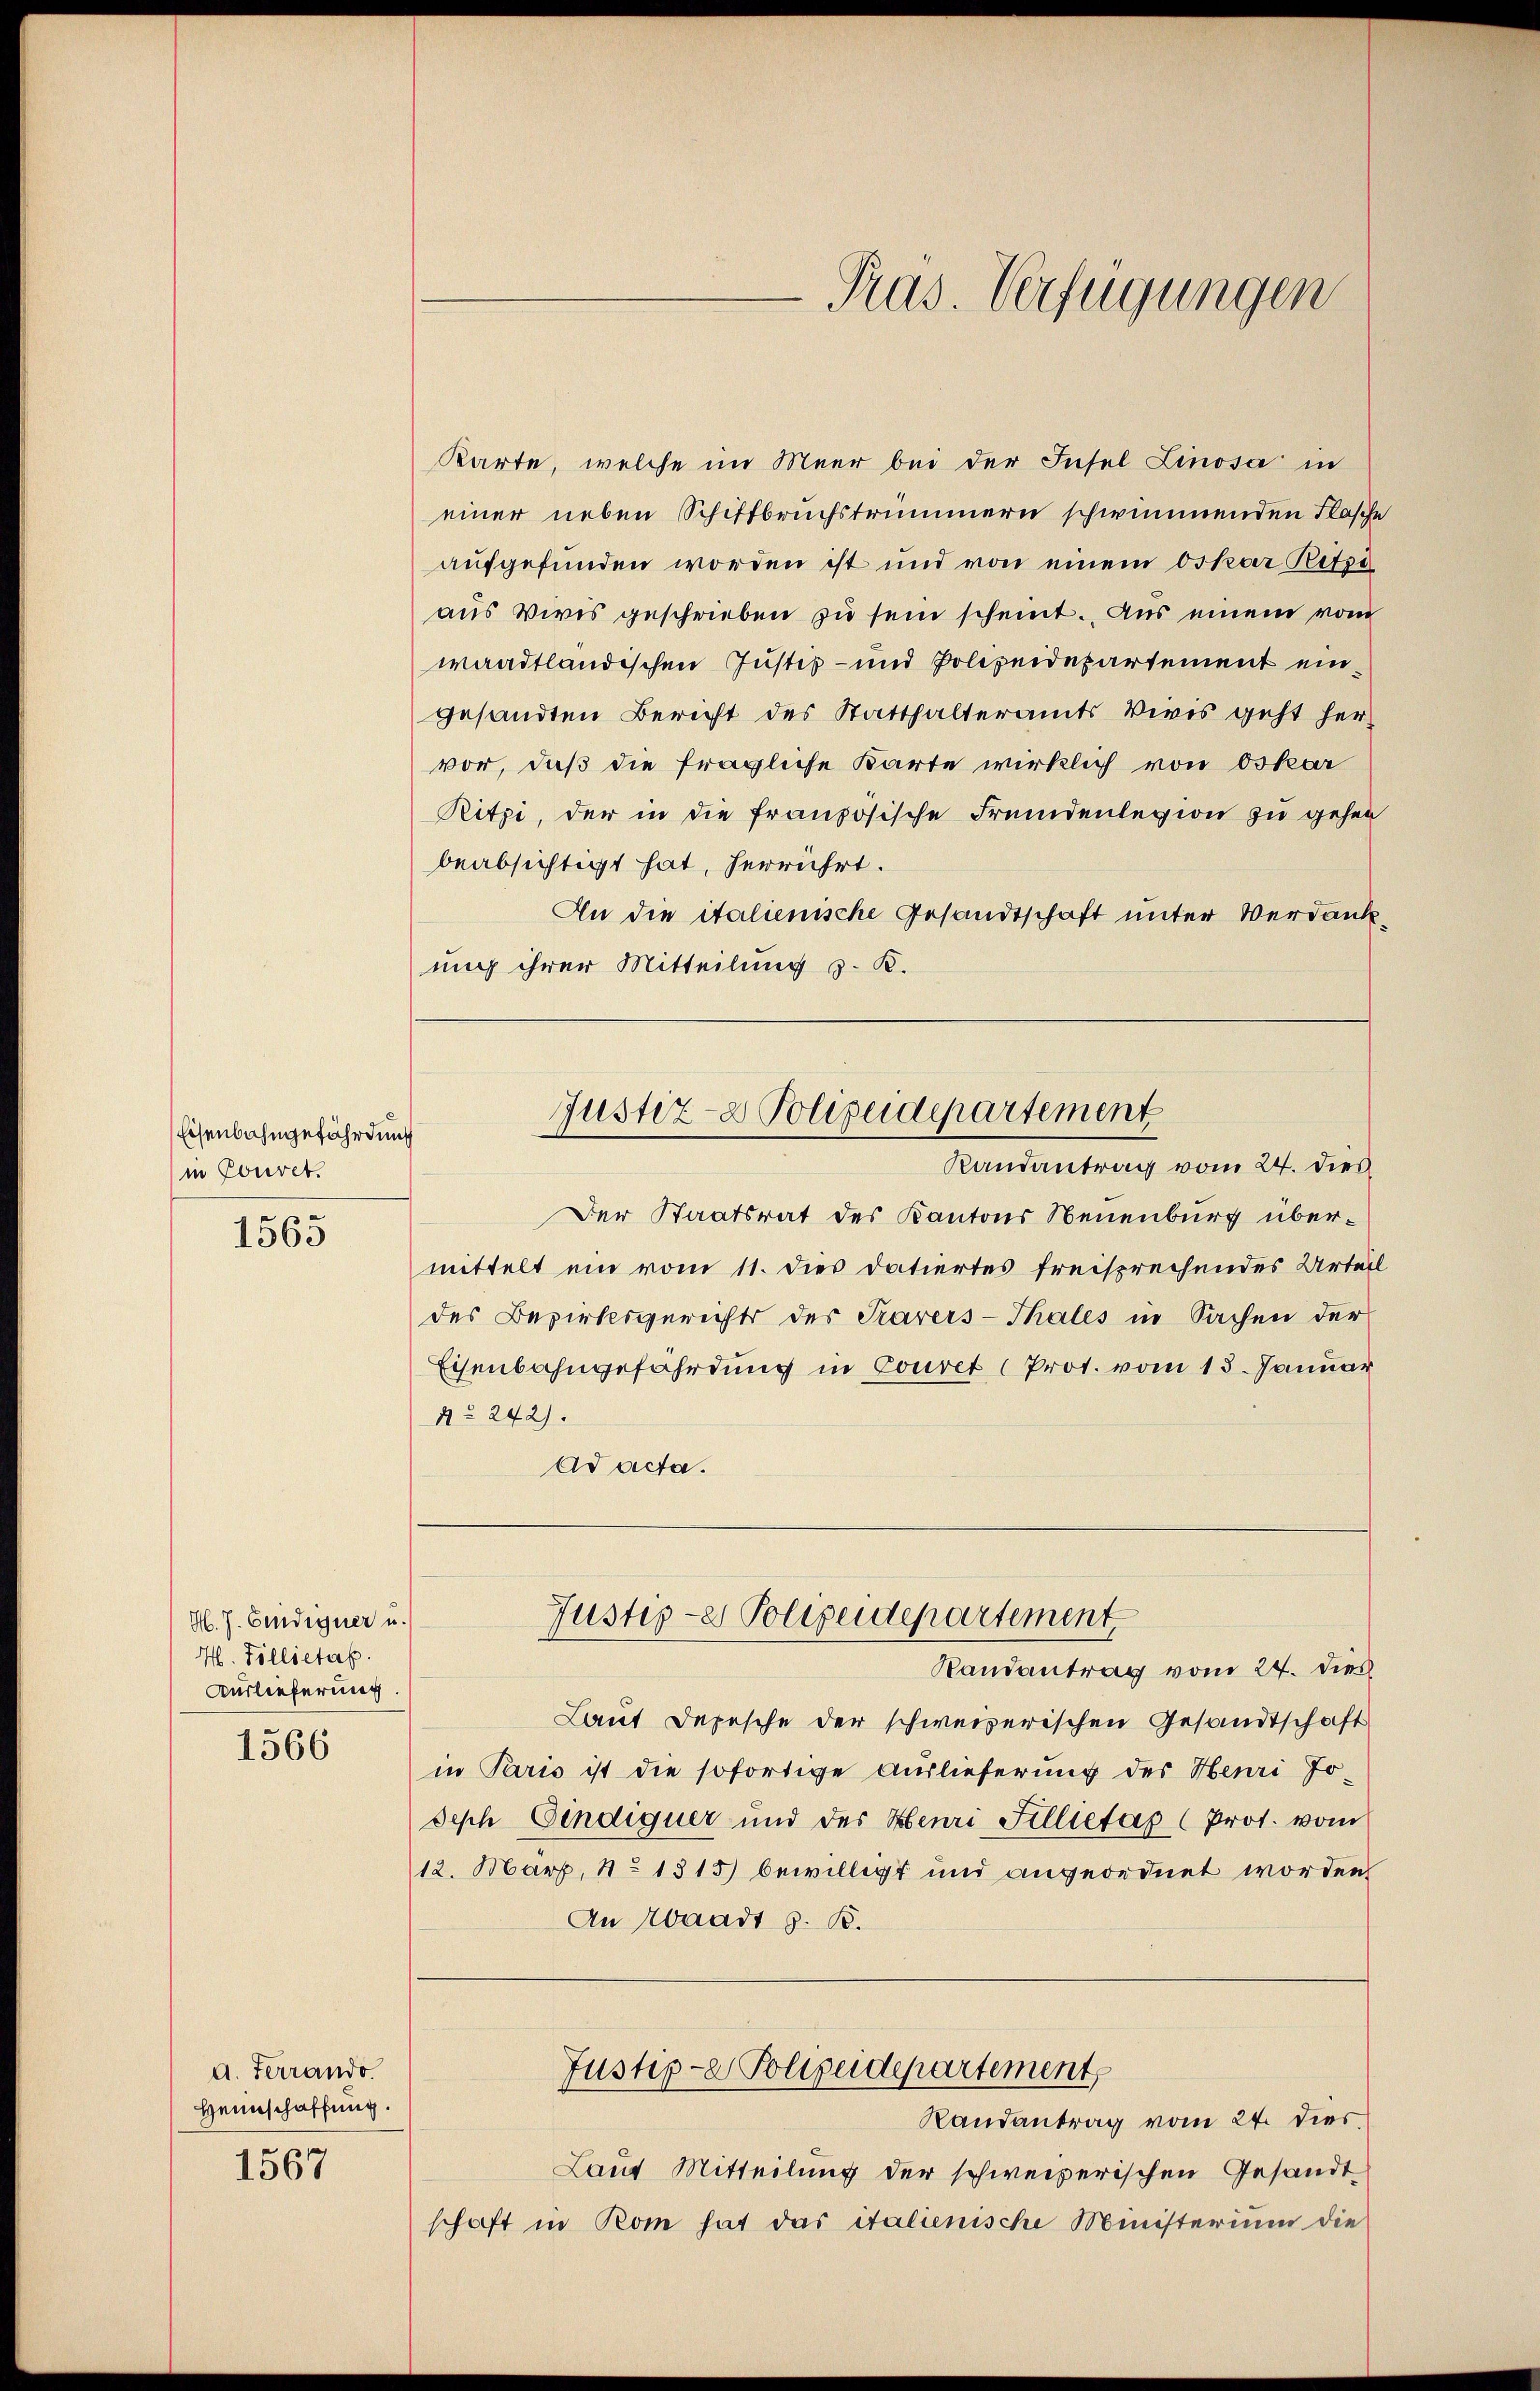
Eisenbahngefährdung
in Couret.

1565

H. J. Bindigner u.
H. Follietas.
Auslieferung

1566

d. Ferrando
Heimschaffung.

1567

Pras. Verfügungen

Karte, welche im Meer bei der Insel Linosa in
einer neben Schiffbruchstrümmern schwimmenden Flasche
aufgefunden worden ist und von einem Oskar Retze
aus Vivis geschrieben zu sein scheint. Aus einem vom
waadtländischen Justiz- und Polizeidepartement eingesandten Bericht des Statthalteramts Vivis geht her-
vor, daß die fragliche Karte wirklich von Oskar
Ritzi, der in die französische Fremdenlegion zu gehen
beabsichtigt hat, herrührt.
An die italienische Gesandtschaft unter Verdankmich ihrer Mitteilung z. B.
Justiz- & Polizeidepartement
Randantrag vom 24. dies
Der Staatsrat des Kantons Neuenburg übermittelt ein vom 11. dies datiertes freisprechendes Urteil
des Bezirksgerichts des Travers-Thales in Sachen der
Eisenbahngefährdung in Couvet (Prot. vom 13. Januar
A 242).
Ad acta.

Seph Eindiquer und des Henri Fellietas (Prot. vom
12. März, No 1315) bewilligt und angeordnet worden
An Waadt z. B.

Justiges Polizeidepartement

Randantrag vom 24. dies
Laut Depesche der schweizerischen Gesandtschaft
in Paris ist die sofortige Auslieferung des Henri Jo¬
Justiz- & Polizeidepartement,
Randantrag vom 24. dies
Laut Mitteilung der schweizerischen Gesandt
schaft in Rom hat das italienische Ministerium die